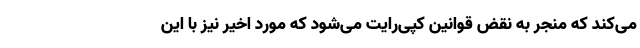
می‌کند که منجر به نقض قوانین کپی‌رایت می‌شود که مورد اخیر نیز با این